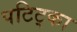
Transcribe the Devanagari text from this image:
पटिट्का